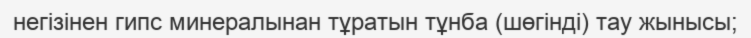
негізінен гипс минералынан тұратын тұнба (шөгінді) тау жынысы;